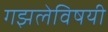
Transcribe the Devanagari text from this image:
गझलेविषयी